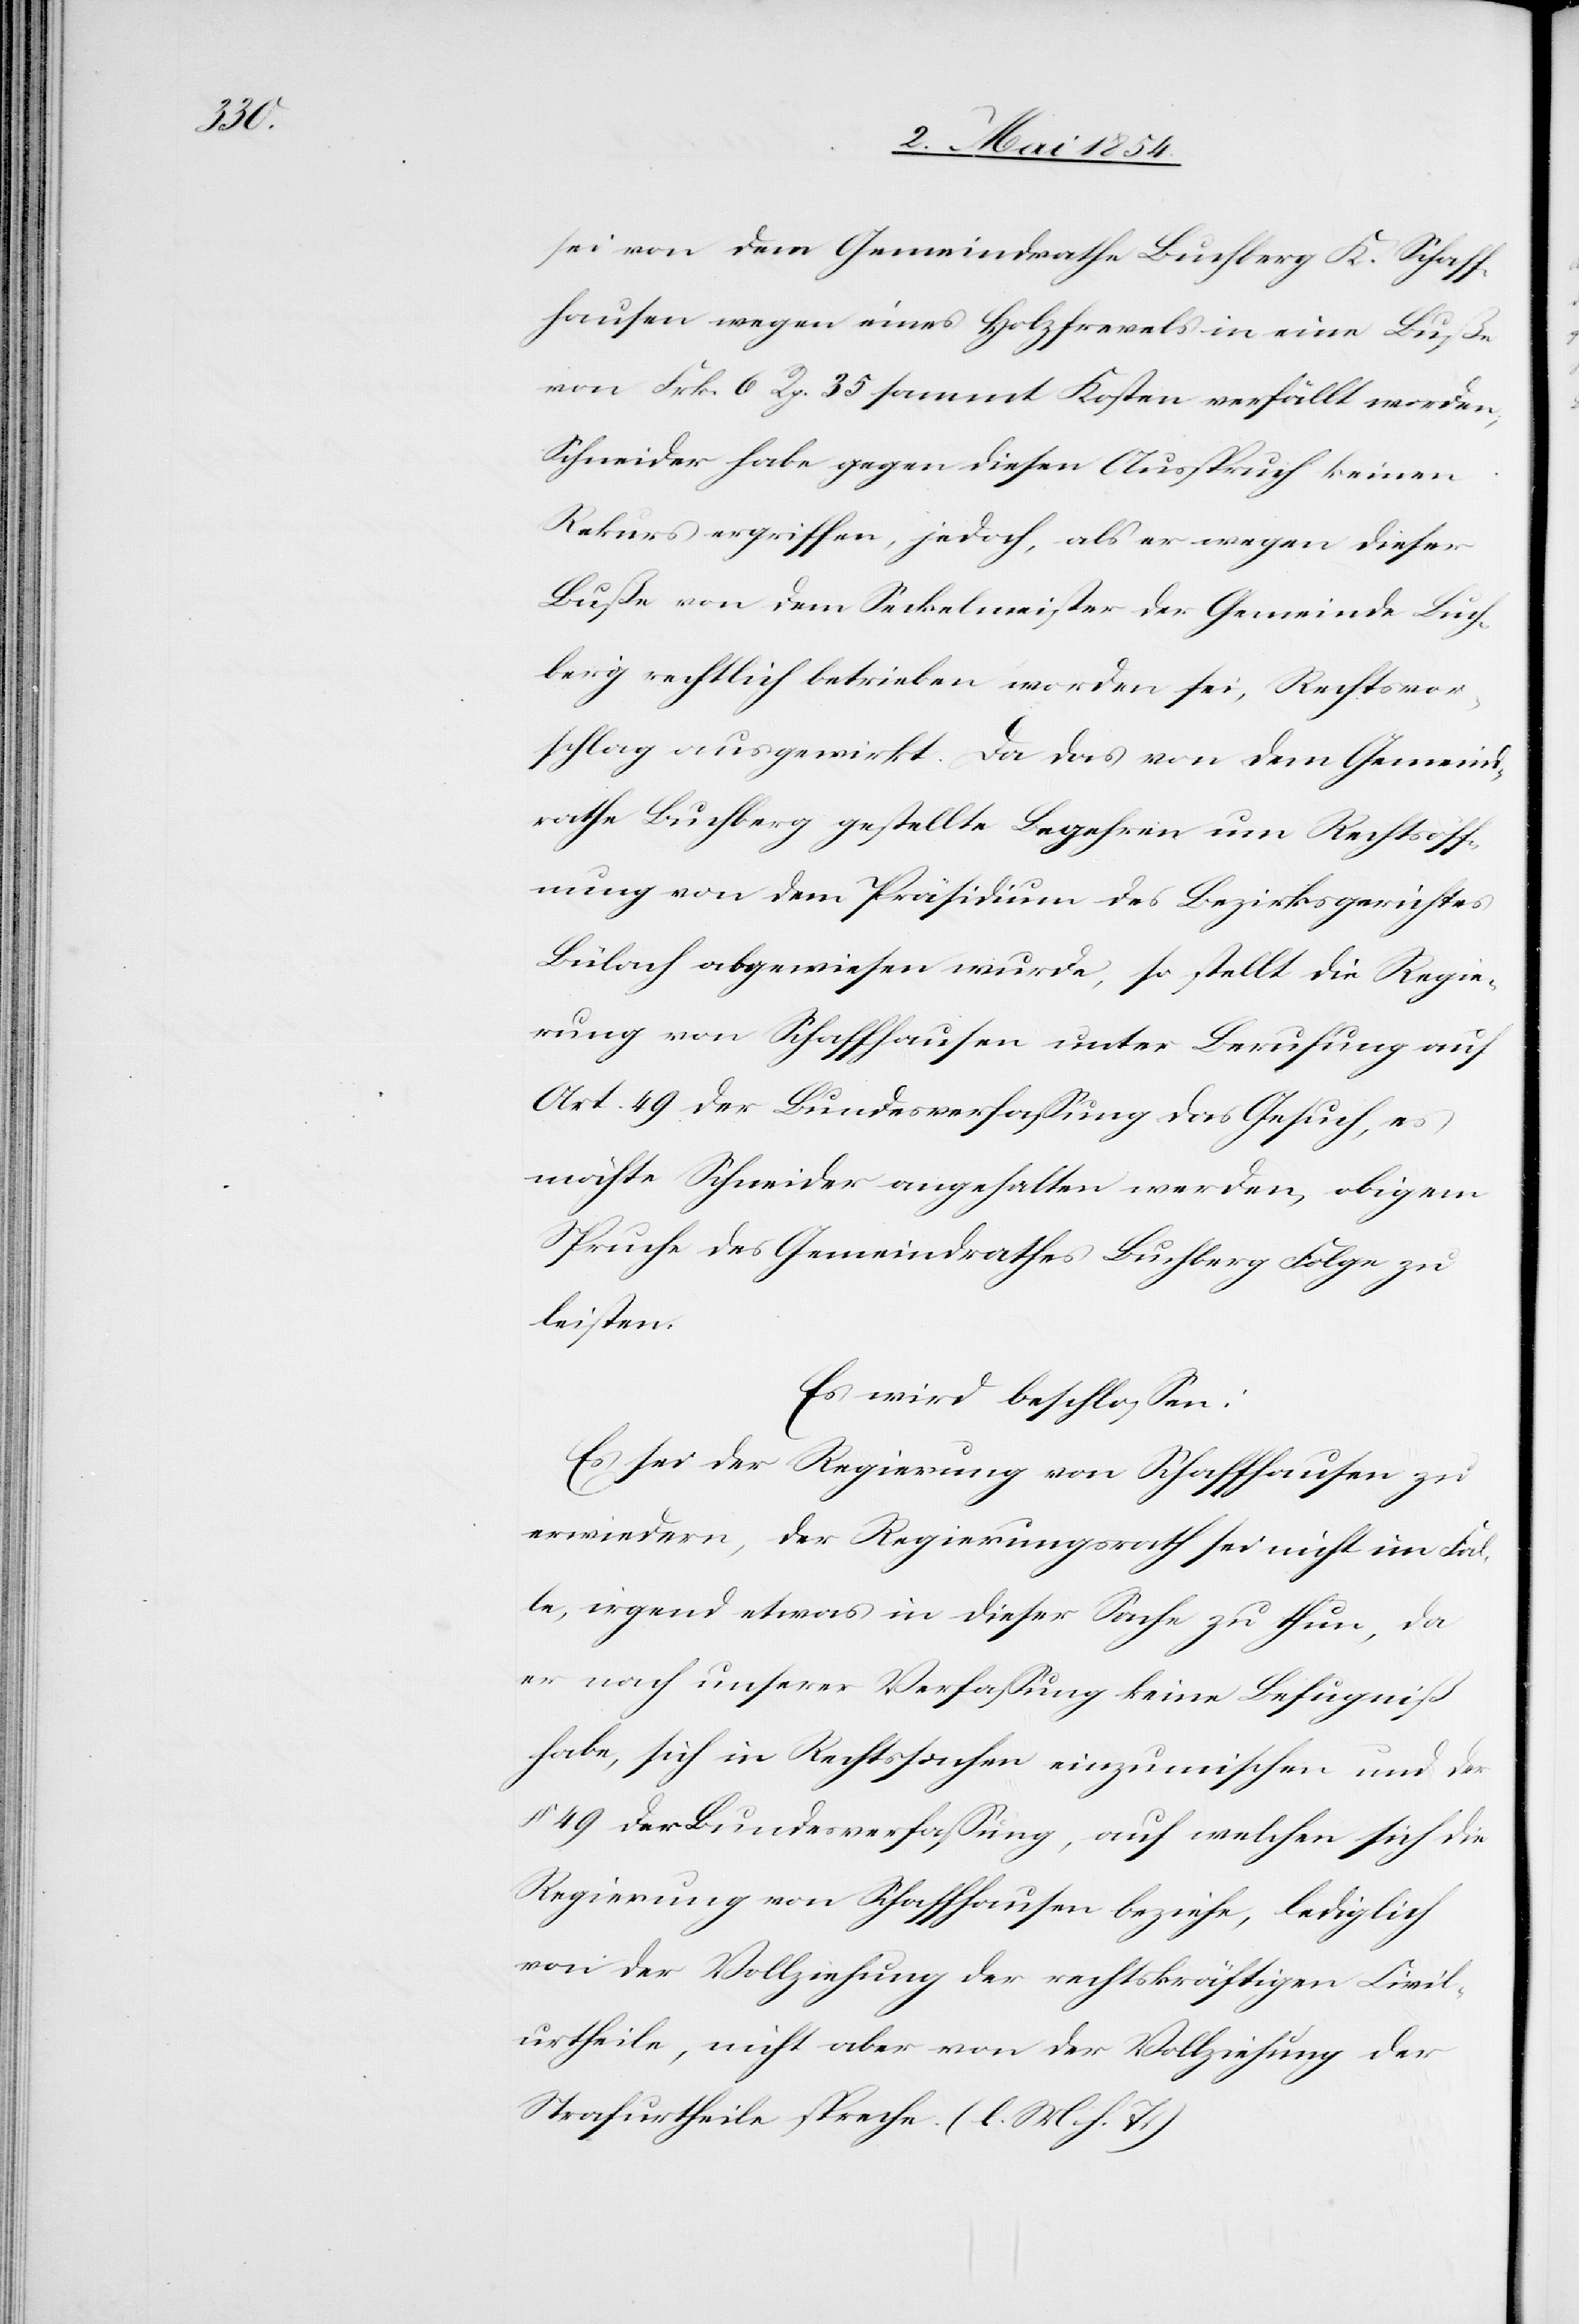
sei von dem Gemeindrathe Buchberg K. Schaff¬
hausen wegen eines Holzfrevels in eine Buße
von Frk. 6 Rp. 35 sammt Kosten verfällt worden;
Schneider habe gegen diesen Ausspruch keinen
Rekurs ergriffen, jedoch, als er wegen dieser
Buße von dem Seckelmeister der Gemeinde Buch¬
berg rechtlich betrieben worden sei, Rechtsvor¬
schlag ausgewirkt. Da das von dem Gemeind¬
rathe Buchberg gestellte Begehren um Rechtsöff¬
nung von dem Präsidium des Bezirksgerichtes
Bülach abgewiesen wurde, so stellt die Regie¬
rung von Schaffhausen unter Berufung auf
Art. 49 der Bundesverfaßung das Gesuch, es
möchte Schneider angehalten werden, obigem
Spruche des Gemeindrathes Buchberg Folge zu
leisten.
Es wird beschloßen:
Es sei der Regierung von Schaffhausen zu
erwiedern, der Regierungsrath sei nicht im Fal¬
le, irgend etwas in dieser Sache zu thun, da
er nach unserer Verfaßung keine Befugniß
habe, sich in Rechtssachen einzumischen und der
§ 49 der Bundesverfaßung, auf welchen sich die
Regierung von Schaffhausen beziehe, lediglich
von der Vollziehung der rechtskräftigen Civil¬
urtheile, nicht aber von der Vollziehung der
Strafurtheile spreche. (l. M. h. T.)